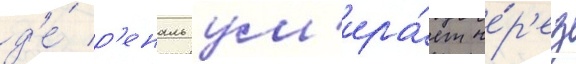
д'е́ р'еналь ум'ира́ет че́р'ез